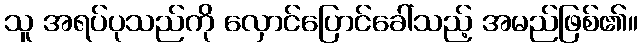
သူ အရပ်ပုသည်ကို လှောင်ပြောင်ခေါ်သည့် အမည်ဖြစ်၏။